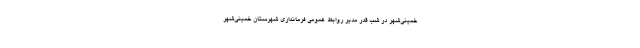
خمینی‌شهر در شب قدر مدیر روابط‌ عمومی فرمانداری شهرستان خمینی‌شهر